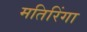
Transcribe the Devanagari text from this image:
मतिरिंगा